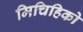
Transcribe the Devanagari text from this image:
मिचिहिको